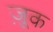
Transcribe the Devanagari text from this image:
ज़ूक